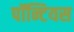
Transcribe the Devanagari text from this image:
पॉन्टियस